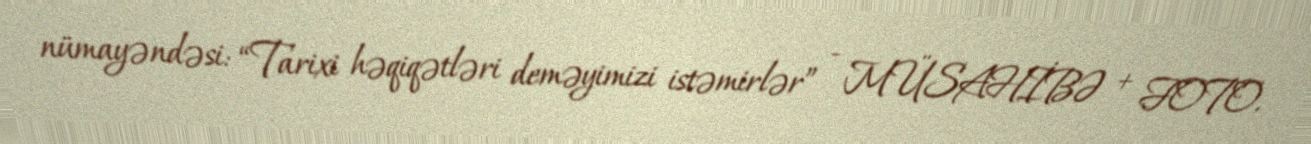
nümayəndəsi: “Tarixi həqiqətləri deməyimizi istəmirlər” - MÜSAHİBƏ + FOTO.